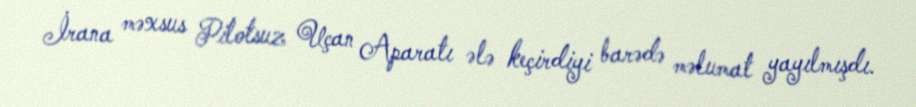
İrana məxsus Pilotsuz Uçan Aparatı ələ keçirdiyi barədə məlumat yayılmışdı.